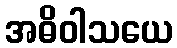
အဓိဝါသယေ